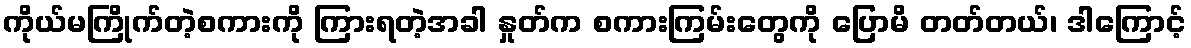
ကိုယ်မကြိုက်တဲ့စကားကို ကြားရတဲ့အခါ နှုတ်က စကားကြမ်းတွေကို ပြောမိ တတ်တယ်၊ ဒါကြောင့်